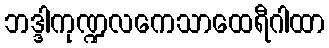
ဘဒ္ဒါကုဏ္ဍလကေသာထေရီဂါထာ